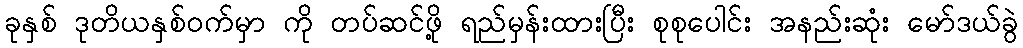
ခုနှစ် ဒုတိယနှစ်ဝက်မှာ ကို တပ်ဆင်ဖို့ ရည်မှန်းထားပြီး စုစုပေါင်း အနည်းဆုံး မော်ဒယ်ခွဲ